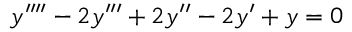
y ^ { \prime \prime \prime \prime } - 2 y ^ { \prime \prime \prime } + 2 y ^ { \prime \prime } - 2 y ^ { \prime } + y = 0